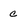
Character: c